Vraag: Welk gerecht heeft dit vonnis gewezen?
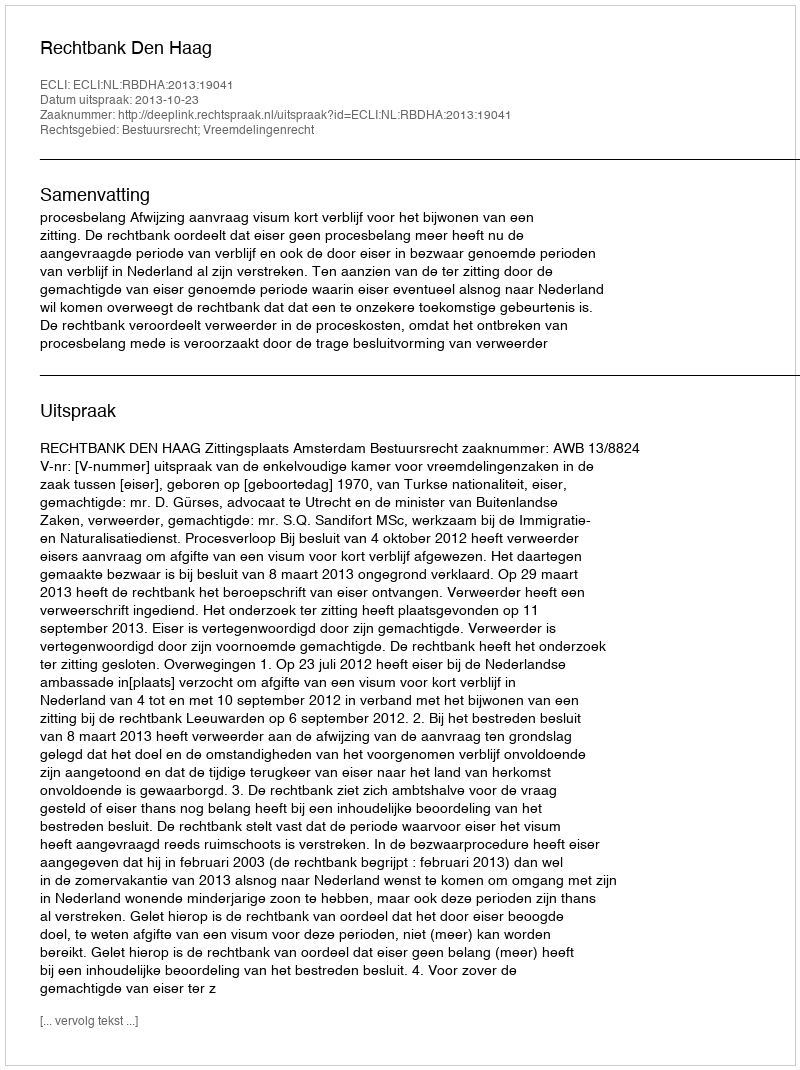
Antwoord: Rechtbank Den Haag